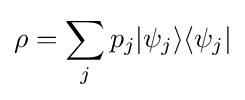
\rho =\sum _{j}p_{j}|\psi _{j}\rangle \langle \psi _{j}|